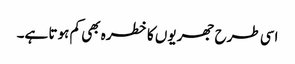
اسی طرح جھریوں کا خطرہ بھی کم ہوتا ہے۔